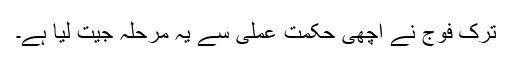
ترک فوج نے اچھی حکمت عملی سے یہ مرحلہ جیت لیا ہے۔